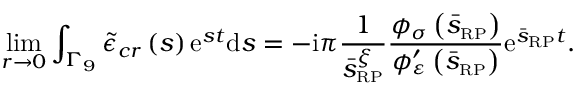
\operatorname* { l i m } _ { r \rightarrow 0 } \int _ { \Gamma _ { 9 } } \tilde { \epsilon } _ { c r } \left( s \right) \mathrm { e } ^ { s t } \mathrm { d } s = - \mathrm { i } \pi \frac { 1 } { \bar { s } _ { \scriptscriptstyle { \mathrm { R P } } } ^ { \xi } } \frac { \phi _ { \sigma } \left( \bar { s } _ { \scriptscriptstyle { \mathrm { R P } } } \right) } { \phi _ { \varepsilon } ^ { \prime } \left( \bar { s } _ { \scriptscriptstyle { \mathrm { R P } } } \right) } \mathrm { e } ^ { \bar { s } _ { \scriptscriptstyle { \mathrm { R P } } } t } .